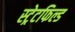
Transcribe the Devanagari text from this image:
स्ट्रेटफिल्ड